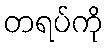
တရပ်ကို